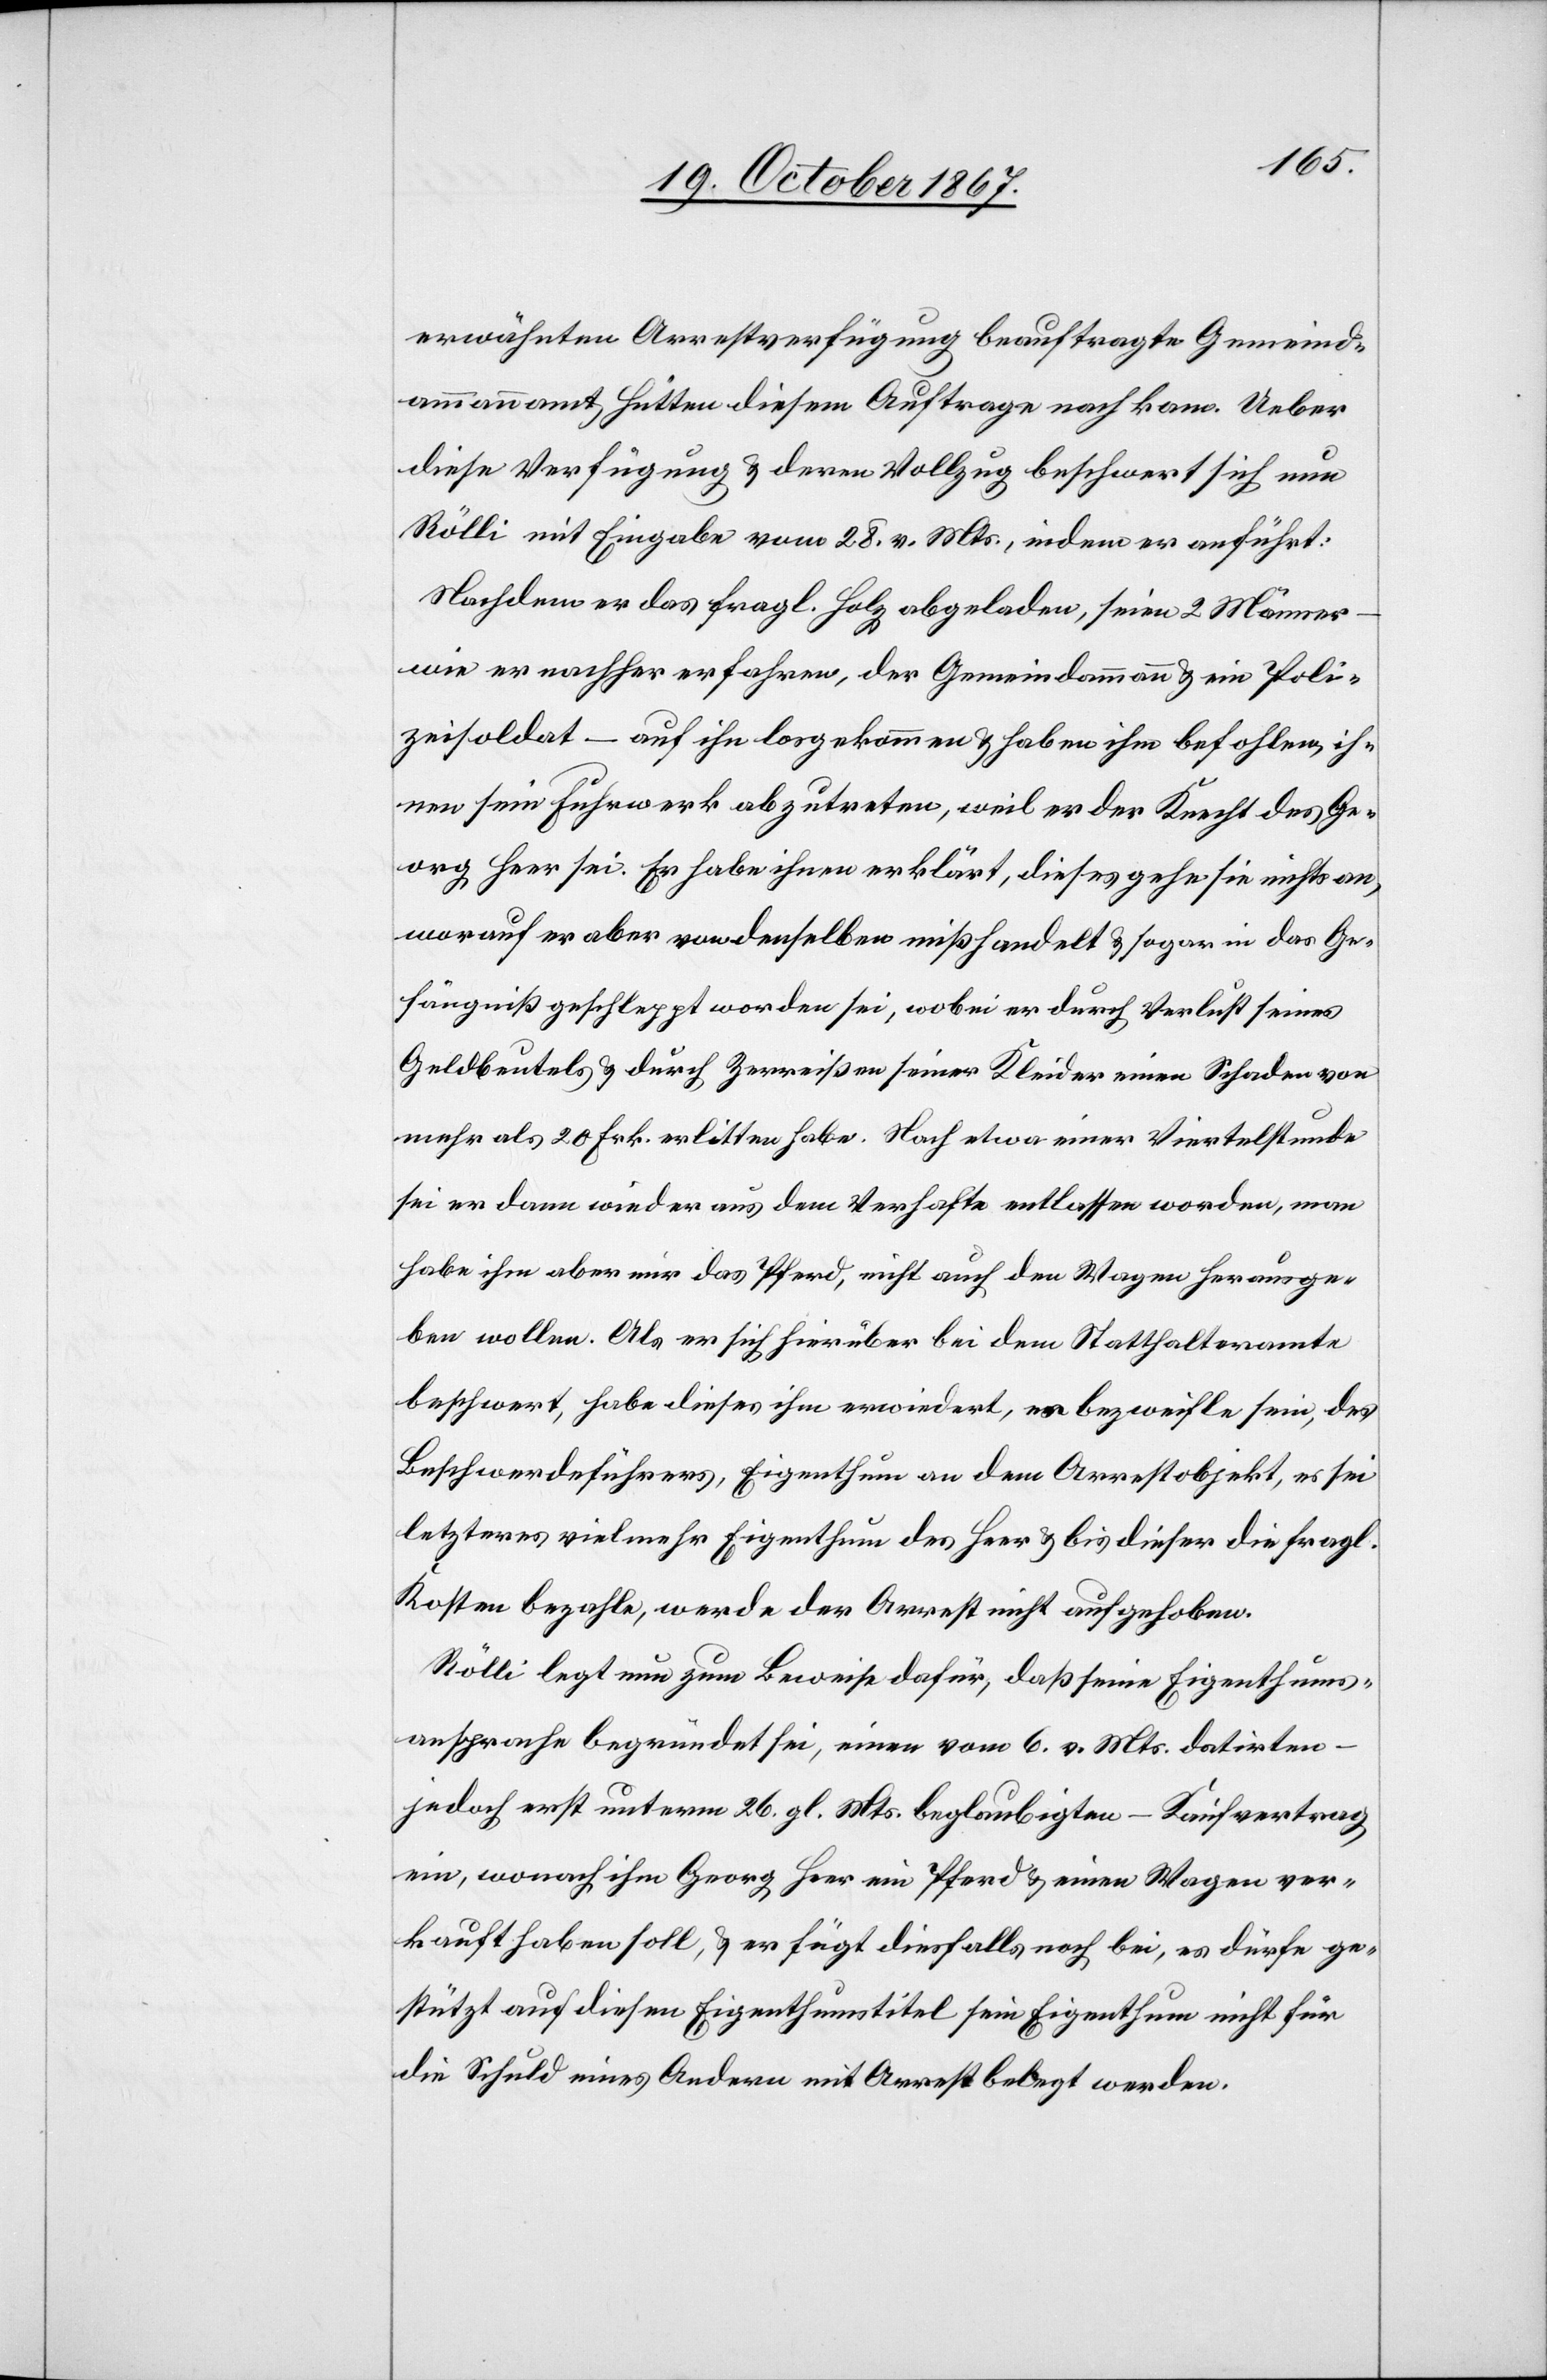
erwähnten Arrestverfügung beauftragte Gemeind¬
ammannamt Hütten diesem Auftrage nachkam. Ueber
diese Verfügung u. deren Vollzug beschwert sich nun
Rölli mit Eingabe vom 28. v. Mts., indem er anführt:
Nachdem er das fragl. Holz abgeladen, seien 2 Männer
wie er nachher erfahren, der Gemeindammann u. ein Poli¬
zeisoldat – auf ihn losgekommen u. haben ihm befohlen, ih¬
nen sein Fuhrwerk abzutreten, weil er der Knecht des Ge¬
org Heer sei. Er habe ihnen erklärt, dieses gehe sie nichts an,
worauf er aber von denselben mißhandelt u. sogar in das Ge¬
fängniß geschleppt worden sei, wobei er durch Verlust seines
Geldbeutels u. durch Zerreißen seiner Kleider einen Schaden von
mehr als 20 Frk. erlitten habe. Nach etwa einer Viertelstunde
sei er dann wieder aus dem Verhafte entlassen worden, man
habe ihm aber nur das Pferd, nicht auch den Wagen herausge¬
ben wollen. Als er sich hierüber bei dem Statthalteramte
beschwert, habe dieses ihm erwiedert, es bezweifle sein, des
Beschwerdeführers, Eigenthum an dem Arrestobjekt, es sei
letzteres vielmehr Eigenthum des Heer u. bis dieser die fragl.
Kosten bezahle, werde der Arrest nicht aufgehoben.
Rölli legt nun zum Beweise dafür, daß seine Eigenthums¬
ansprache begründet sei, einen vom 6. v. Mts. datirten
jedoch erst unterm 26. gl. Mts. beglaubigten – Kaufvertrag
ein, wonach ihm Georg Heer ein Pferd u. einen Wagen ver¬
kauft haben soll, u. er fügt diesfalls noch bei, es dürfe ge¬
stützt auf diesen Eigenthumstitel sein Eigenthum nicht für
die Schuld eines Andern mit Arrest belegt werden.